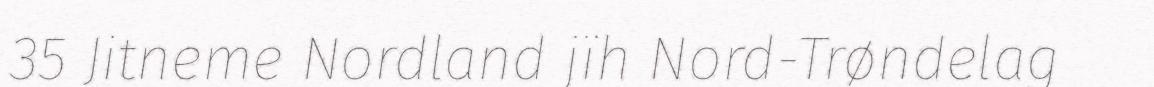
35 Jitneme Nordland jïh Nord-Trøndelag